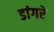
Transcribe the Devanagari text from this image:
डांगरे